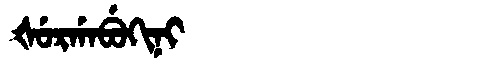
Manchu: ᡧᡠᡵᡤᠠᠪᡠᡴᡳᠨᡳ
Romanization: ŠURGABUKINI